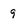
Character: 9